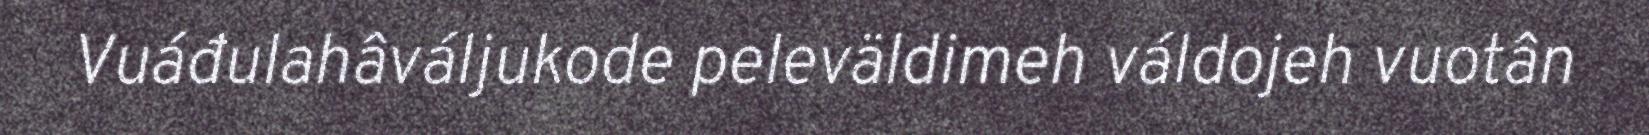
Vuáđulahâváljukode peleväldimeh váldojeh vuotân